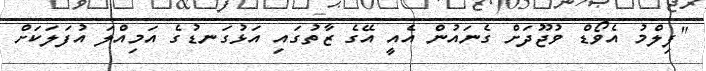
"ފިލްމު އެވޯޑް ވުޖޫދަށް ގެނައުން އެއީ އޭގެ ޒާތުގައި އަޅުގަނޑުގެ އަމިއްލަ އުފަލަކަށް